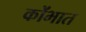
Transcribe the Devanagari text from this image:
कोंभात